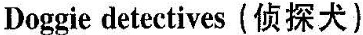
Doggie detectives(侦探犬)